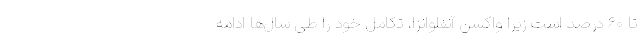
تا ۶۰ درصد است زیرا واکسن آنفلوانزا، تکامل خود را طی سال‌ها ادامه